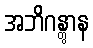
အဘိဂန္တွာန